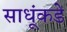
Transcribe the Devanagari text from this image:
साधूंकडे